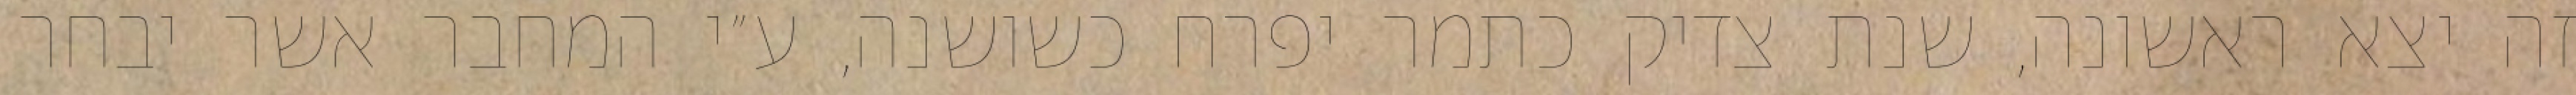
זה יצא ראשונה, שנת צדיק כתמר יפרח כשושנה, ע״י המחבר אשר יבחר